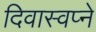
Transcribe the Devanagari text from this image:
दिवास्वप्ने